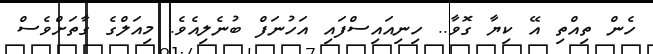
ހެން ތިއްތި އޭ ކިޔާ ގޮވާ.. ހިނިއައިސްފައި އަހުނަފް ބުނެލިއެވެ. މިއަލްގެ ގާތަށްވެސް